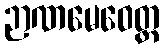
ဉာဏမေဝေတ္ထ